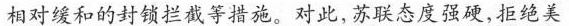
相对缓和的封锁拦截等措施。对此，苏联态度强硬，拒绝美